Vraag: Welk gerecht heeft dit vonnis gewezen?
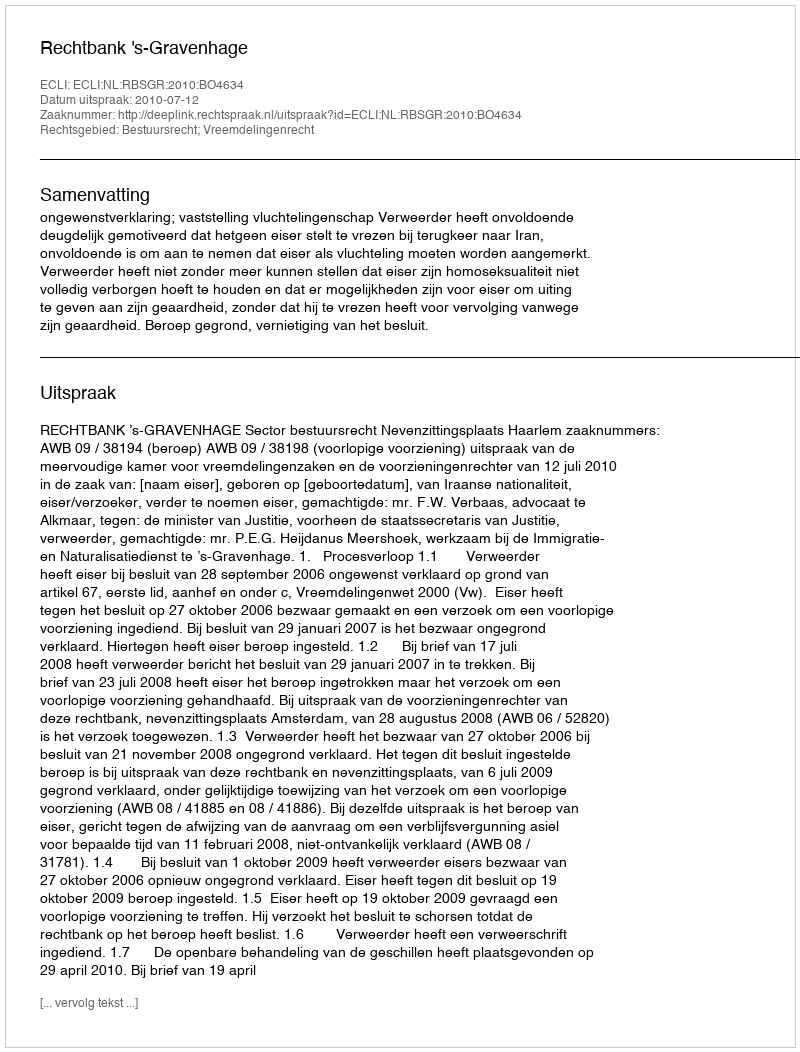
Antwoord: Rechtbank 's-Gravenhage